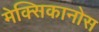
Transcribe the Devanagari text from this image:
मेक्सिकानोस